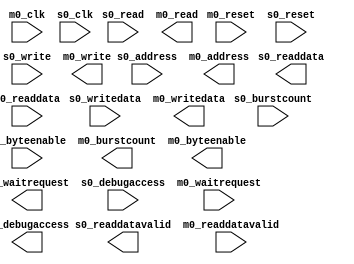
module mcu_subsystem_mm_clock_crossing_bridge_0 #(
		parameter DATA_WIDTH          = 32,
		parameter SYMBOL_WIDTH        = 8,
		parameter HDL_ADDR_WIDTH      = 31,
		parameter BURSTCOUNT_WIDTH    = 8,
		parameter COMMAND_FIFO_DEPTH  = 64,
		parameter RESPONSE_FIFO_DEPTH = 512,
		parameter MASTER_SYNC_DEPTH   = 2,
		parameter SLAVE_SYNC_DEPTH    = 2
	) (
		input  wire                        m0_clk,           //   m0_clk.clk
		input  wire                        m0_reset,         // m0_reset.reset
		input  wire                        s0_clk,           //   s0_clk.clk
		input  wire                        s0_reset,         // s0_reset.reset
		output wire                        s0_waitrequest,   //       s0.waitrequest
		output wire [DATA_WIDTH-1:0]       s0_readdata,      //         .readdata
		output wire                        s0_readdatavalid, //         .readdatavalid
		input  wire [BURSTCOUNT_WIDTH-1:0] s0_burstcount,    //         .burstcount
		input  wire [DATA_WIDTH-1:0]       s0_writedata,     //         .writedata
		input  wire [HDL_ADDR_WIDTH-1:0]   s0_address,       //         .address
		input  wire                        s0_write,         //         .write
		input  wire                        s0_read,          //         .read
		input  wire [3:0]                  s0_byteenable,    //         .byteenable
		input  wire                        s0_debugaccess,   //         .debugaccess
		input  wire                        m0_waitrequest,   //       m0.waitrequest
		input  wire [DATA_WIDTH-1:0]       m0_readdata,      //         .readdata
		input  wire                        m0_readdatavalid, //         .readdatavalid
		output wire [BURSTCOUNT_WIDTH-1:0] m0_burstcount,    //         .burstcount
		output wire [DATA_WIDTH-1:0]       m0_writedata,     //         .writedata
		output wire [HDL_ADDR_WIDTH-1:0]   m0_address,       //         .address
		output wire                        m0_write,         //         .write
		output wire                        m0_read,          //         .read
		output wire [3:0]                  m0_byteenable,    //         .byteenable
		output wire                        m0_debugaccess    //         .debugaccess
	);
endmodule